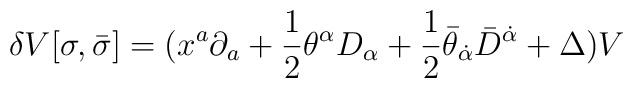
\delta V[\sigma,\bar{\sigma}]=(x^a\partial_a+\frac{1}{2}\theta^{\alpha} D_{\alpha}+\frac{1}{2}\bar{\theta}_{\dot{\alpha}} \bar{D}^{\dot{\alpha}}+\Delta) V